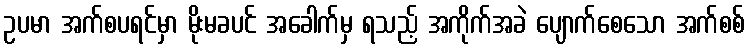
ဥပမာ အက်စပရင်မှာ မိုးမခပင် အခေါက်မှ ရသည့် အကိုက်အခဲ ပျောက်စေသော အက်စစ်